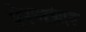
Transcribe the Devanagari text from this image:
प्रेरणांवर